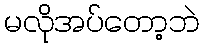
မလိုအပ်တော့ဘဲ